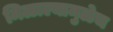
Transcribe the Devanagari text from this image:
मिळाल्यामुळेच